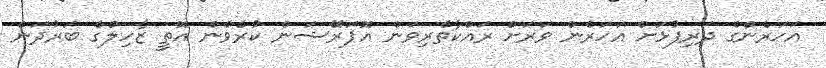
އަހަރެންގެ ދަރިފުޅަށް އަހަރެން ވަރަށް ރައްކާތެރިވަން އޮޕަރޭޝަން ކުރެވެން އޮތީ ޒާހިލްގެ ބަރުދަން